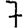
Digit: 7